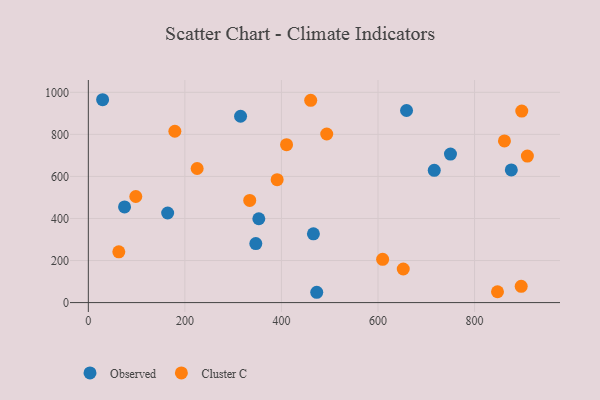
{"axis": {"x": "Speed", "y": "Salary"}, "legend": ["Cluster C", "Observed"], "data": [{"x": "716.5", "y": 629.0, "type": "Observed"}, {"x": "876.1", "y": 630.8, "type": "Observed"}, {"x": "75.0", "y": 454.8, "type": "Observed"}, {"x": "353.1", "y": 398.7, "type": "Observed"}, {"x": "659.1", "y": 913.6, "type": "Observed"}, {"x": "29.6", "y": 964.8, "type": "Observed"}, {"x": "466.2", "y": 327.1, "type": "Observed"}, {"x": "346.9", "y": 280.7, "type": "Observed"}, {"x": "473.1", "y": 49.0, "type": "Observed"}, {"x": "164.3", "y": 426.1, "type": "Observed"}, {"x": "315.3", "y": 886.1, "type": "Observed"}, {"x": "750.1", "y": 706.4, "type": "Observed"}, {"x": "460.6", "y": 962.1, "type": "Cluster C"}, {"x": "493.8", "y": 801.9, "type": "Cluster C"}, {"x": "896.6", "y": 77.1, "type": "Cluster C"}, {"x": "410.6", "y": 751.0, "type": "Cluster C"}, {"x": "63.1", "y": 241.5, "type": "Cluster C"}, {"x": "391.1", "y": 584.6, "type": "Cluster C"}, {"x": "225.4", "y": 637.6, "type": "Cluster C"}, {"x": "334.3", "y": 485.7, "type": "Cluster C"}, {"x": "609.6", "y": 205.5, "type": "Cluster C"}, {"x": "861.9", "y": 769.0, "type": "Cluster C"}, {"x": "98.3", "y": 504.5, "type": "Cluster C"}, {"x": "847.5", "y": 51.6, "type": "Cluster C"}, {"x": "652.3", "y": 159.7, "type": "Cluster C"}, {"x": "897.8", "y": 910.8, "type": "Cluster C"}, {"x": "909.4", "y": 696.9, "type": "Cluster C"}, {"x": "179.2", "y": 814.8, "type": "Cluster C"}]}